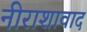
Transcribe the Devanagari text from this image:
नीराशावाद